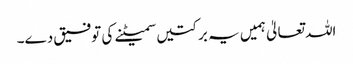
اللہ تعالیٰ ہمیں یہ برکتیں سمیٹنے کی توفیق دے۔